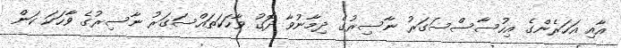
އާއި އަހަރެންގެ އިހުސާސްސަގަރު ނާސިރުގެ ދިމާނުވާ ދޮގު ވާހަކަތައްސަގަރު ނާސިރުގެ ވާހަކަ ކަން